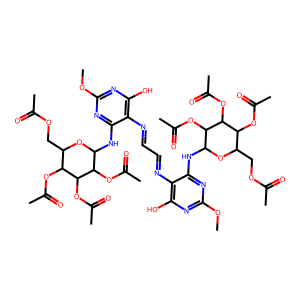
SMILES: COc1nc(O)c(N=CC=Nc2c(O)nc(OC)nc2NC2OC(COC(C)=O)C(OC(C)=O)C(OC(C)=O)C2OC(C)=O)c(NC2OC(COC(C)=O)C(OC(C)=O)C(OC(C)=O)C2OC(C)=O)n1
Inhibits HIV replication: No